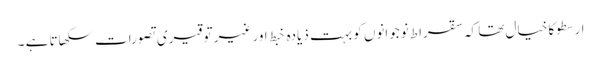
ارسطو کا خیال تھا کہ سقراط نوجوانوں کو بہت ذیادہ خبط اور غیر توقیری تصورات سکھاتا ہے ۔